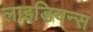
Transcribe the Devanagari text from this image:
लाइडियन्स